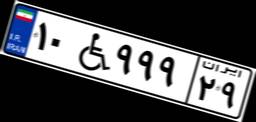
۱۰W۹۹۹۲۹